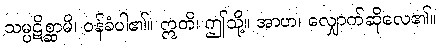
သမ္ပဋိစ္ဆာမိ၊ ဝန်ခံပါ၏။ ဣတိ၊ ဤသို့။ အာဟ၊ လျှောက်ဆိုလေ၏။